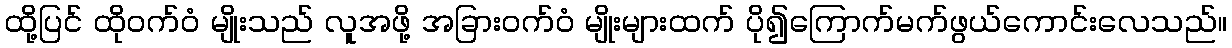
ထို့ပြင် ထိုဝက်ဝံ မျိုးသည် လူအဖို့ အခြားဝက်ဝံ မျိုးများထက် ပို၍ကြောက်မက်ဖွယ်ကောင်းလေသည်။